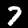
Digit: 7